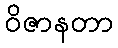
ဝိဇာနတာ